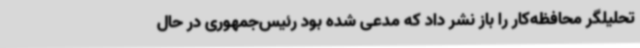
تحلیلگر محافظه‌کار را باز نشر داد که مدعی شده بود رئیس‌جمهوری در حال